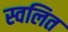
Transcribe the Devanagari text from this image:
स्वलित